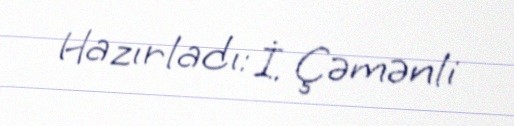
Hazırladı: İ. Çəmənli